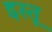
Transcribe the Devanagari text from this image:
इस्तू